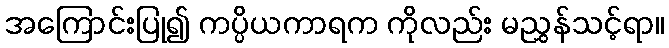
အကြောင်းပြု၍ ကပ္ပိယကာရက ကိုလည်း မညွှန်သင့်ရာ။